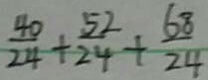
\frac { 4 0 } { 2 4 } + \frac { 5 2 } { 2 4 } + \frac { 6 8 } { 2 4 }